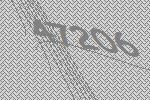
47206